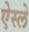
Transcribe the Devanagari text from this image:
ऐस्ले